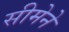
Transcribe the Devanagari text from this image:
सीमेने